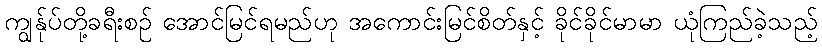
ကျွန်ုပ်တို့ခရီးစဉ် အောင်မြင်ရမည်ဟု အကောင်းမြင်စိတ်နှင့် ခိုင်ခိုင်မာမာ ယုံကြည်ခဲ့သည့်